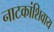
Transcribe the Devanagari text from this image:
नाटकांशिवाय